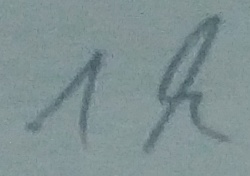
Text: 1k